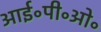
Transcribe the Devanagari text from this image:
आई॰पी॰ओ॰